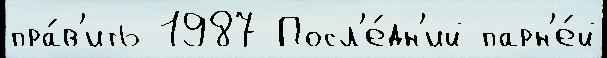
пра́в'ить 1987 Посл'е́дн'ий парн'е́й